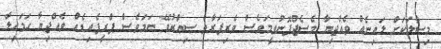
މިސާލަކަށް ލައިނެއް ވެއްޖިޔާ މެސެޖްފޮނުވީމަވެސް ވެރިފަރާތް ސިއްރުވޭ ނަމަވެސް ޕްރީޕެއިޑެއް ވެއްޖިޔާ ހަމަހިލާ